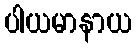
ပါယမာနာယ